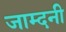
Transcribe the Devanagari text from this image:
जाम्दनी